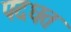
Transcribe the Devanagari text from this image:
पदधत